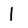
Character: I